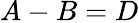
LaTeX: A-B=D